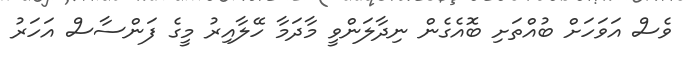
ވެސް އަވަހަށް ބުއްތަށި ބޮއެގެން ނިދާލަންވީ މާދަމާ ހޭލާއިރު މީގެ ފަންސާސް އަހަރު